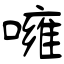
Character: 噰